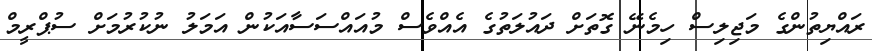
ރައްޔިތުންގެ މަޖިލިސް ހިމެނޭ ގޮތަށް ދައުލަތުގެ އެއްވެސް މުއައްސަސާއަކުން އަމަލު ނުކުރުމަށް ސުޕްރީމް